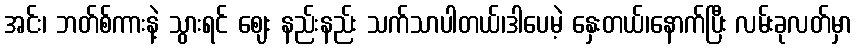
အင်း၊ ဘတ်စ်ကားနဲ့ သွားရင် ဈေး နည်းနည်း သက်သာပါတယ်၊ဒါပေမဲ့ နှေးတယ်၊နောက်ပြီး လမ်းခုလတ်မှာ